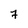
Character: 7